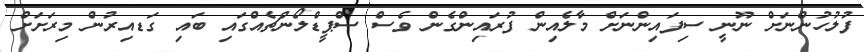
ފުލުހުންނަށް ނޫނީ ސިފައިންނަށް މާލެއިން ފުރައިންގެން ވެސް ސްޕީޑްލޯންޗެއްގައި ބައި ގަޑއިރުން މިރަށަށް